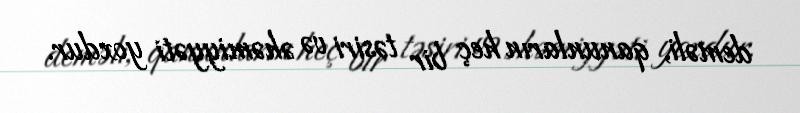
deməli, qanunların heç bir təsiri və əhəmiyyəti yoxdur.